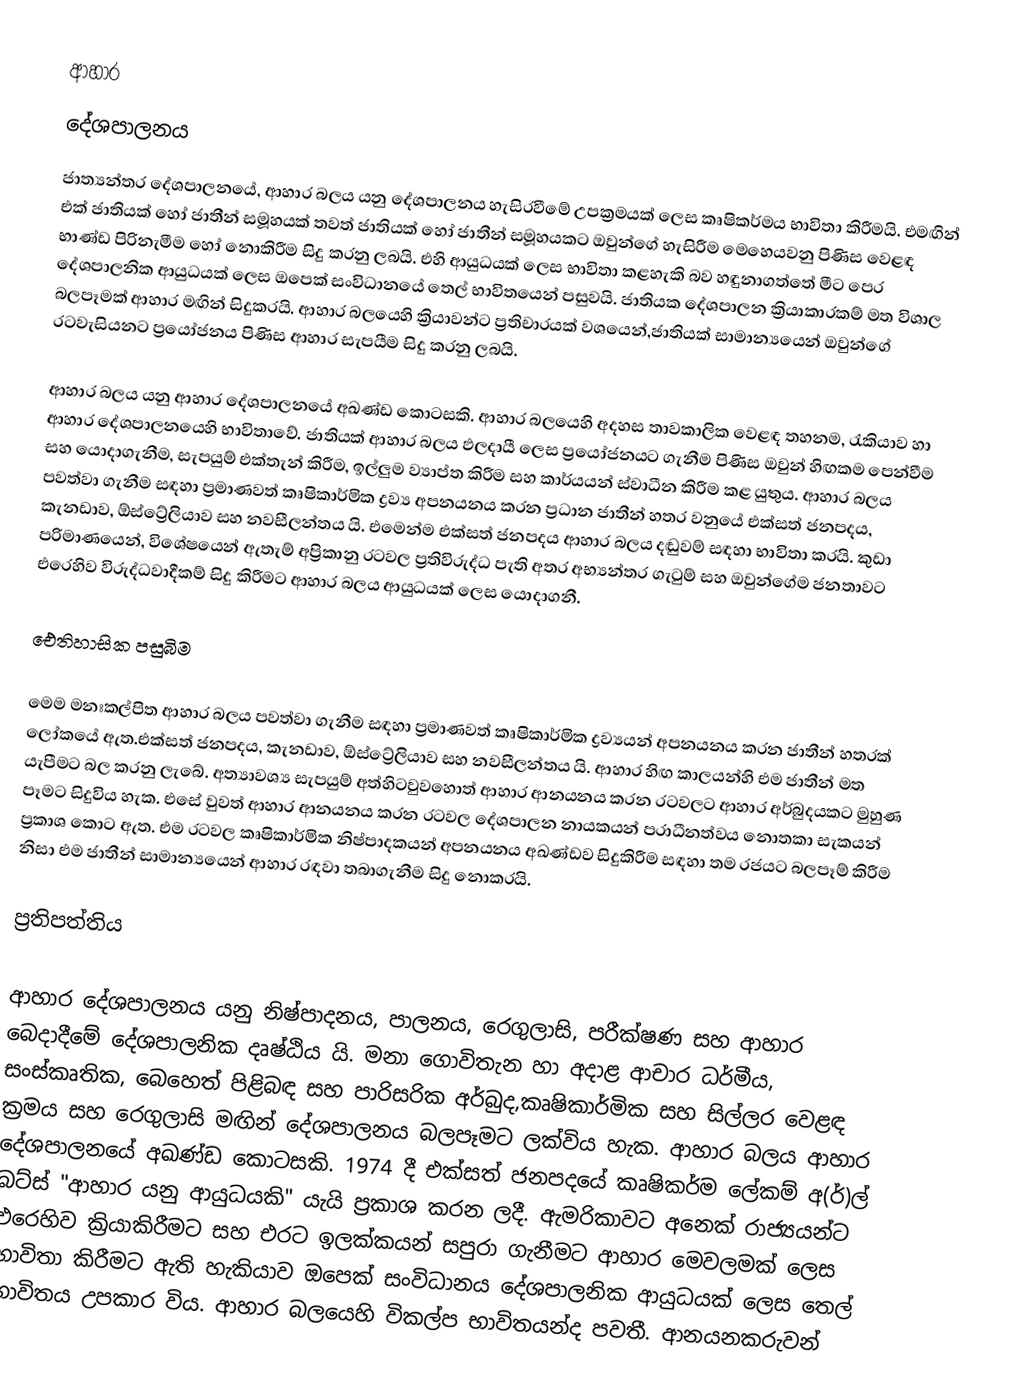
ආහාර
දේශපාලනය
ජාත්‍යන්තර දේශපාලනයේ, ආහාර බලය යනු දේශපාලනය හැසිරවීමේ උපක්‍රමයක් ලෙස කෘෂිකර්මය භාවිතා කිරීමයි. එමඟින් එක් ජාතියක් හෝ ජාතීන් සමූහයක් තවත් ජාතියක් හෝ ජාතීන් සමූහයකට  ඔවුන්ගේ හැසිරීම මෙහෙයවනු පිණිස වෙළඳ භාණ්ඩ පිරිනැමීම හෝ නොකිරීම සිදු කරනු ලබයි. එහි ආයුධයක් ලෙස භාවිතා කළහැකි බව හඳුනාගත්තේ මීට පෙර දේශපාලනික ආයුධයක් ලෙස ඔපෙක් සංවිධානයේ තෙල් භාවිතයෙන් පසුවයි. ජාතියක දේශපාලන ක්‍රියාකාරකම් මත විශාල බලපෑමක් ආහාර මඟින් සිදුකරයි. ආහාර බලයෙහි ක්‍රියාවන්ට ප්‍රතිචාරයක් වශයෙන්,ජාතියක් සාමාන්‍යයෙන් ඔවුන්ගේ රටවැසියනට ප්‍රයෝජනය පිණිස ආහාර සැපයීම සිදු කරනු ලබයි.

ආහාර බලය යනු ආහාර දේශපාලනයේ අඛණ්ඩ කොටසකි. ආහාර බලයෙහි අදහස තාවකාලික වෙළඳ තහනම, රැකියාව හා ආහාර දේශපාලනයෙහි භාවිතාවේ. ජාතියක් ආහාර බලය ඵලදායී ලෙස ප්‍රයෝජනයට ගැනීම පිණිස ඔවුන් හිඟකම පෙන්වීම සහ යොදාගැනීම, සැපයුම් එක්තැන් කිරීම, ඉල්ලුම ව්‍යාප්ත කිරීම සහ කාර්යයන් ස්වාධීන කිරීම කළ යුතුය. ආහාර බලය පවත්වා ගැනීම සඳහා ප්‍රමාණවත් කෘෂිකාර්මික ද්‍රව්‍ය අපනයනය කරන ප්‍රධාන ජාතීන් හතර වනුයේ එක්සත් ජනපදය, කැනඩාව, ඕස්ට්‍රේලියාව සහ නවසීලන්තය යි. එමෙන්ම එක්සත් ජනපදය ආහාර බලය දඬුවම් සඳහා භාවිතා කරයි. කුඩා පරිමාණයෙන්, විශේෂයෙන් ඇතැම් අප්‍රිකානු රටවල ප්‍රතිවිරුද්ධ පැති අතර අභ්‍යන්තර ගැටුම් සහ ඔවුන්ගේම ජනතාවට එරෙහිව විරුද්ධවාදීකම් සිදු කිරීමට ආහාර බලය ආයුධයක් ලෙස යොදාගනී.

ඓතිහාසික පසුබිම

මෙම මනඃකල්පිත ආහාර බලය පවත්වා ගැනීම සඳහා ප්‍රමාණවත් කෘෂිකාර්මික ද්‍රව්‍යයන් අපනයනය කරන ජාතීන් හතරක් ලෝකයේ ඇත.එක්සත් ජනපදය, කැනඩාව, ඕස්ට්‍රේලියාව සහ නවසීලන්තය යි. ආහාර හිඟ කාලයන්හි එම ජාතීන් මත යැපීමට බල කරනු ලැබේ. අත්‍යාවශ්‍ය සැපයුම් අත්හිටවුවහොත් ආහාර ආනයනය කරන රටවලට ආහාර අර්බුදයකට මුහුණ පෑමට සිදුවිය හැක. එසේ වුවත් ආහාර ආනයනය කරන රටවල දේශපාලන නායකයන් පරාධීනත්වය නොතකා සැකයන් ප්‍රකාශ කොට ඇත.  එම රටවල කෘෂිකාර්මික නිෂ්පාදකයන් අපනයනය අඛණ්ඩව සිදුකිරීම සඳහා තම රජයට බලපෑම් කිරීම නිසා එම ජාතීන් සාමාන්‍යයෙන් ආහාර රඳවා තබාගැනීම සිදු නොකරයි.

ප්‍රතිපත්තිය

ආහාර දේශපාලනය යනු නිෂ්පාදනය, පාලනය, රෙගුලාසි, පරීක්ෂණ සහ ආහාර බෙදාදීමේ දේශපාලනික දෘෂ්ඨිය යි. මනා ගොවිතැන හා අදාළ  ආචාර ධර්මීය, සංස්කෘතික, බෙහෙත් පිළිබඳ සහ පාරිසරික අර්බුද,කෘෂිකාර්මික සහ සිල්ලර වෙළඳ ක්‍රමය සහ රෙගුලාසි මඟින් දේශපාලනය බලපෑමට ලක්විය හැක. ආහාර බලය ආහාර දේශපාලනයේ අඛණ්ඩ කොටසකි. 1974 දී එක්සත් ජනපදයේ කෘෂිකර්ම ලේකම් අ(ර්)ල් බට්ස් "ආහාර යනු ආයුධයකි" යැයි ප්‍රකාශ කරන ලදී. ඇමරිකාවට අනෙක් රාජ්‍යයන්ට එරෙහිව ක්‍රියාකිරීමට සහ එරට ඉලක්කයන් සපුරා ගැනීමට ආහාර මෙවලමක් ලෙස භාවිතා කිරීමට ඇති හැකියාව ඔපෙක් සංවිධානය දේශපාලනික ආයුධයක් ලෙස තෙල් භාවිතය උපකාර විය. ආහාර බලයෙහි විකල්ප භාවිතයන්ද පවතී. ආනයනකරුවන්